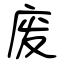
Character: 废